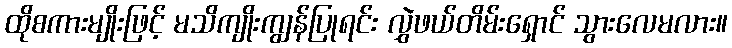
ထိုစကားမျိုးဖြင့် မသိကျိုးကျွန်ပြုရင်း လွှဲဖယ်တိမ်းရှောင် သွားလေမလား။